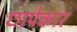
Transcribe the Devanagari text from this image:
छापेकार